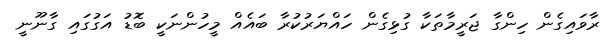
ރާވައިގެން ހިންގާ ޖަރީމާތަކާ ގުޅިގެން ހައްޔަރުކުރާ ބައެއް މީހުންނަކީ ބޮޑު އަގުގައި ގާނޫނީ